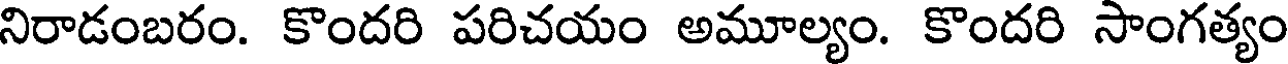
నిరాడంబరం. కొందరి పరిచయం అమూల్యం. కొందరి సాంగత్యం